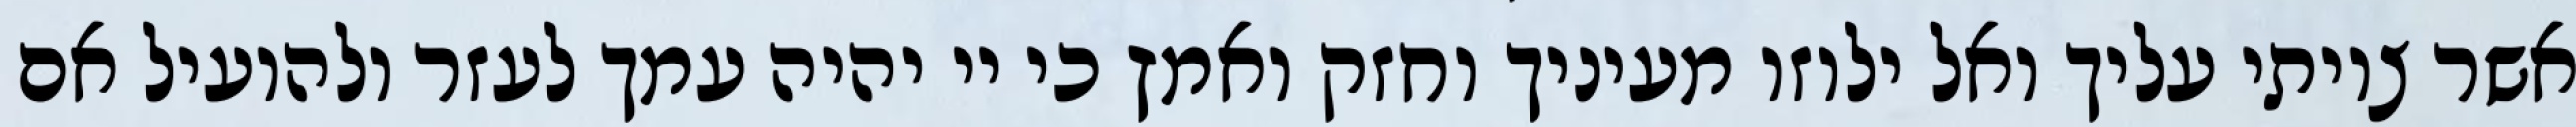
אשר צויתי עליך ואל ילוזו מעיניך וחזק ואמץ כי יי יהיה עמך לעזר ולהועיל אם